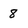
Character: 8